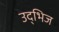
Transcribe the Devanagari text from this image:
उद्भिज